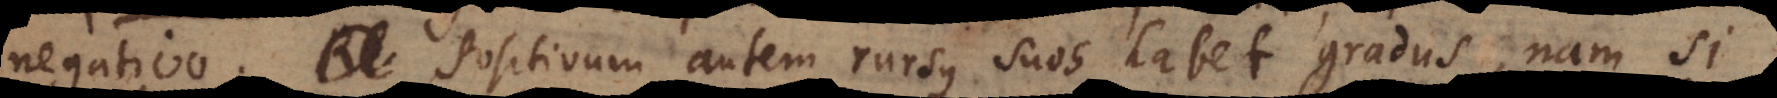
negativo. Positivum autem rursus suos habet gradus, nam si